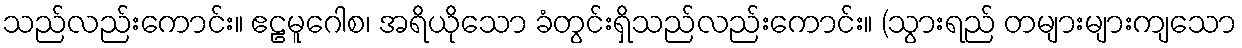
သည်လည်းကောင်း။ ဧဠမူဂေါစ၊ အရိယိုသော ခံတွင်းရှိသည်လည်းကောင်း။ (သွားရည် တများများကျသော